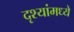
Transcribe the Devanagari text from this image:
दृश्यांमध्ये